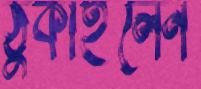
ঠুকাইলেন